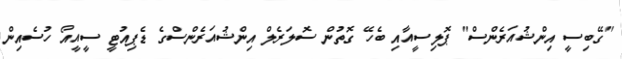
"ގޭބިސީ އިންޝުއަރެންސް" ޕޮލިސީއާއި ބެހޭ ގޮތުން ސޮލަރެލް އިންޝުއަރެންސްގެ ޑެޕިއުޓީ ސީއީއޯ ހުސެއިން